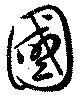
國